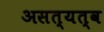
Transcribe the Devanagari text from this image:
असत्यत्व